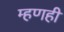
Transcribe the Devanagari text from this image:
म्हणही